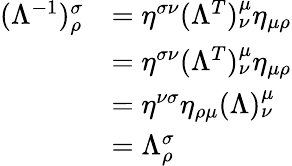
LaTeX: \begin{array}{rl}{(\Lambda^{-1})^{\sigma}_{\rho}}&{=\eta^{\sigma\nu}(\Lambda^{T})_{\nu}^{\mu}\eta_{\mu\rho}}\\ &{=\eta^{\sigma\nu}(\Lambda^{T})_{\nu}^{\mu}\eta_{\mu\rho}}\\ &{=\eta^{\nu\sigma}\eta_{\rho\mu}(\Lambda)^{\mu}_{\nu}}\\ &{=\Lambda_{\rho}^{\sigma}}\end{array}